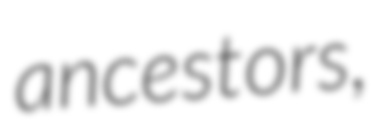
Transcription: ancestors,